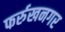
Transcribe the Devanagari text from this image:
फर्रुखनगर